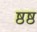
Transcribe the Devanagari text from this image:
ष्ठष्ठ